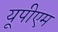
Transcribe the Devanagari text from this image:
यूपीएम